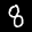
Label: 8